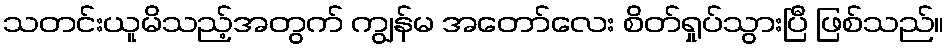
သတင်းယူမိသည့်အတွက် ကျွန်မ အတော်လေး စိတ်ရှုပ်သွားပြီ ဖြစ်သည်။